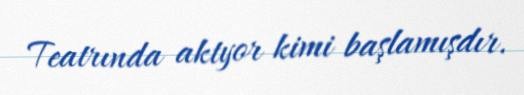
Teatrında aktyor kimi başlamışdır.